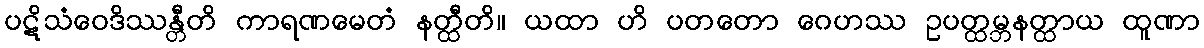
ပဋိသံဝေဒိဿန္တီတိ ကာရဏမေတံ နတ္ထီတိ။ ယထာ ဟိ ပတတော ဂေဟဿ ဥပတ္ထမ္ဘနတ္ထာယ ထူဏာ